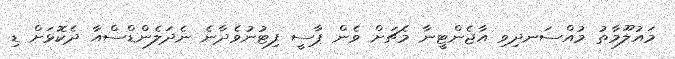
މައުލޫމާތު މުއްސަނދިވި އާޖެންޓީނާ މެޗަށް ވެން ޕާސީ ފިޓުނުވެދާނެ ނެދަލެންޑްސްއާ ދެކޮޅަށް ޑި